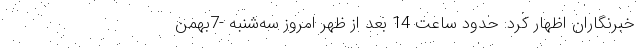
خبرنگاران اظهار کرد: حدود ساعت 14 بعد از ظهر امروز سه‌شنبه -7بهمن